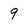
Character: 9